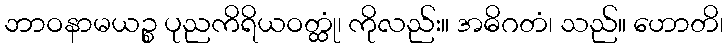
ဘာဝနာမယဉ္စ ပုညကိရိယဝတ္ထုံ၊ ကိုလည်း။ အဓိဂတံ၊ သည်။ ဟောတိ၊